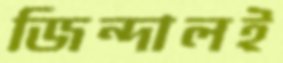
জিন্দালই